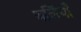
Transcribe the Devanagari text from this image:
बलिंयाँ